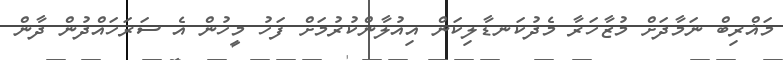
މަޣްރިބް ނަމާދަށް މުޒާހަރާ މެދުކަނޑާލިކަން އިއުލާންކުރުމަށް ފަހު މީހުން އެ ސަރަހައްދުން ދާން